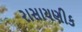
રાસાયણીક